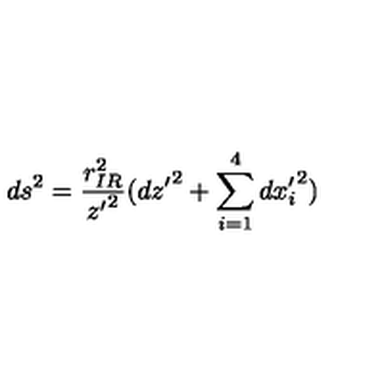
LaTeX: d s ^ { 2 } = \frac { r _ { I R } ^ { 2 } } { { z ^ { \prime } } ^ { 2 } } ( { d z ^ { \prime } } ^ { 2 } + \sum _ { i = 1 } ^ { 4 } { d x _ { i } ^ { \prime } } ^ { 2 } )